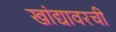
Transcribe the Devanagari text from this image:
खांद्यावरची